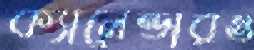
ক্যালেন্ডারও